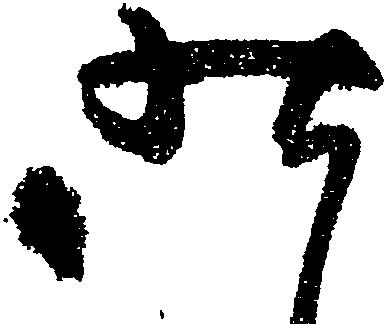
昨